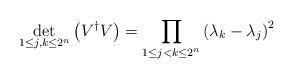
LaTeX: \begin{align*} \det_{1\leq j,k\leq2^n}\left(V^\dagger V\right)=\prod_{1\leq j<k\leq2^n}\left(\lambda_k-\lambda_j\right)^2 \end{align*}